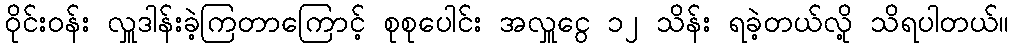
ဝိုင်းဝန်း လှူဒါန်းခဲ့ကြတာကြောင့် စုစုပေါင်း အလှူငွေ ၁၂ သိန်း ရခဲ့တယ်လို့ သိရပါတယ်။